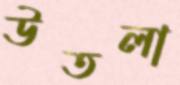
উতলা